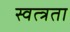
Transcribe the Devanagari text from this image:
स्वत्त्रता